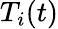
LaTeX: T_{i}(t)